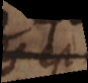
s